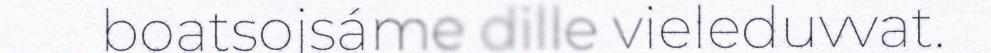
boatsojsáme dille vieleduvvat.